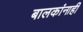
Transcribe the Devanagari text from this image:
बालकांनाही